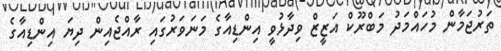
ތަރުޖަމާން މުހައްމަދު މަބްރޫކް އަޒީޒް ވިދާޅުވީ އިންޑިއާގެ މަނަވަރުގައި ރާއްޖެއިން ދިޔަ އިންޑިއާގެ